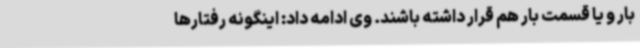
بار و یا قسمت بار هم قرار داشته باشند. وی ادامه داد: اینگونه رفتارها